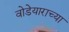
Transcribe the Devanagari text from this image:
वोडेयाराच्या